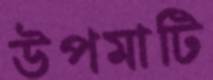
উপমাটি